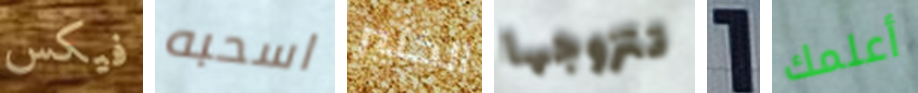
فيكس اسحبه الكثير تتزوجها 1 أعلمك